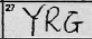
Transcription: YRG